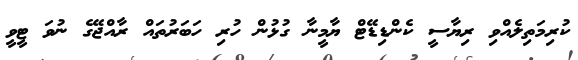
ކުރިމަތިލެއްވި ރިޔާސީ ކެންޑިޑޭޓް ޔާމީނާ ގުޅުން ހުރި ހަބަރުތައް ރާއްޖޭގެ ނުވަ ޓީވީ